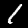
Label: 1